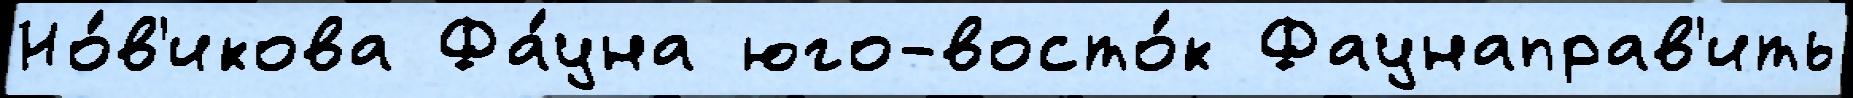
Но́в'икова Фа́уна юго-восто́к Фаунаправ'ить